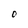
Character: O